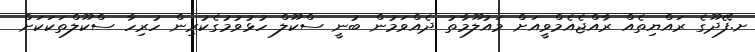
ށ.ފޭދޫގެ ރައްޔިތެއް ރާއްޖެއެމްވީއަށް މައުލޫމާތު ދެއްވަމުން ބުނީ ސްކޫލް ހުޅުވުމުގެކުރިން ހުރިހާ ސްކޫލްތަކަކަށް